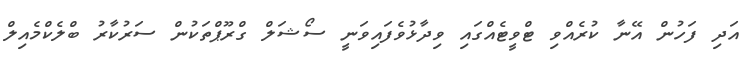
އަދި ފަހުން އޭނާ ކުރެއްވި ޓްވީޓެއްގައި ވިދާޅުވެފައިވަނީ ސޯޝަލް ގްރޫޕްތަކުން ސަރުކާރު ބްލެކްމެއިލް